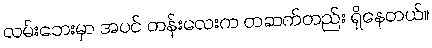
လမ်းဘေးမှာ အပင် တန်းလေးက တဆက်တည်း ရှိနေတယ်။